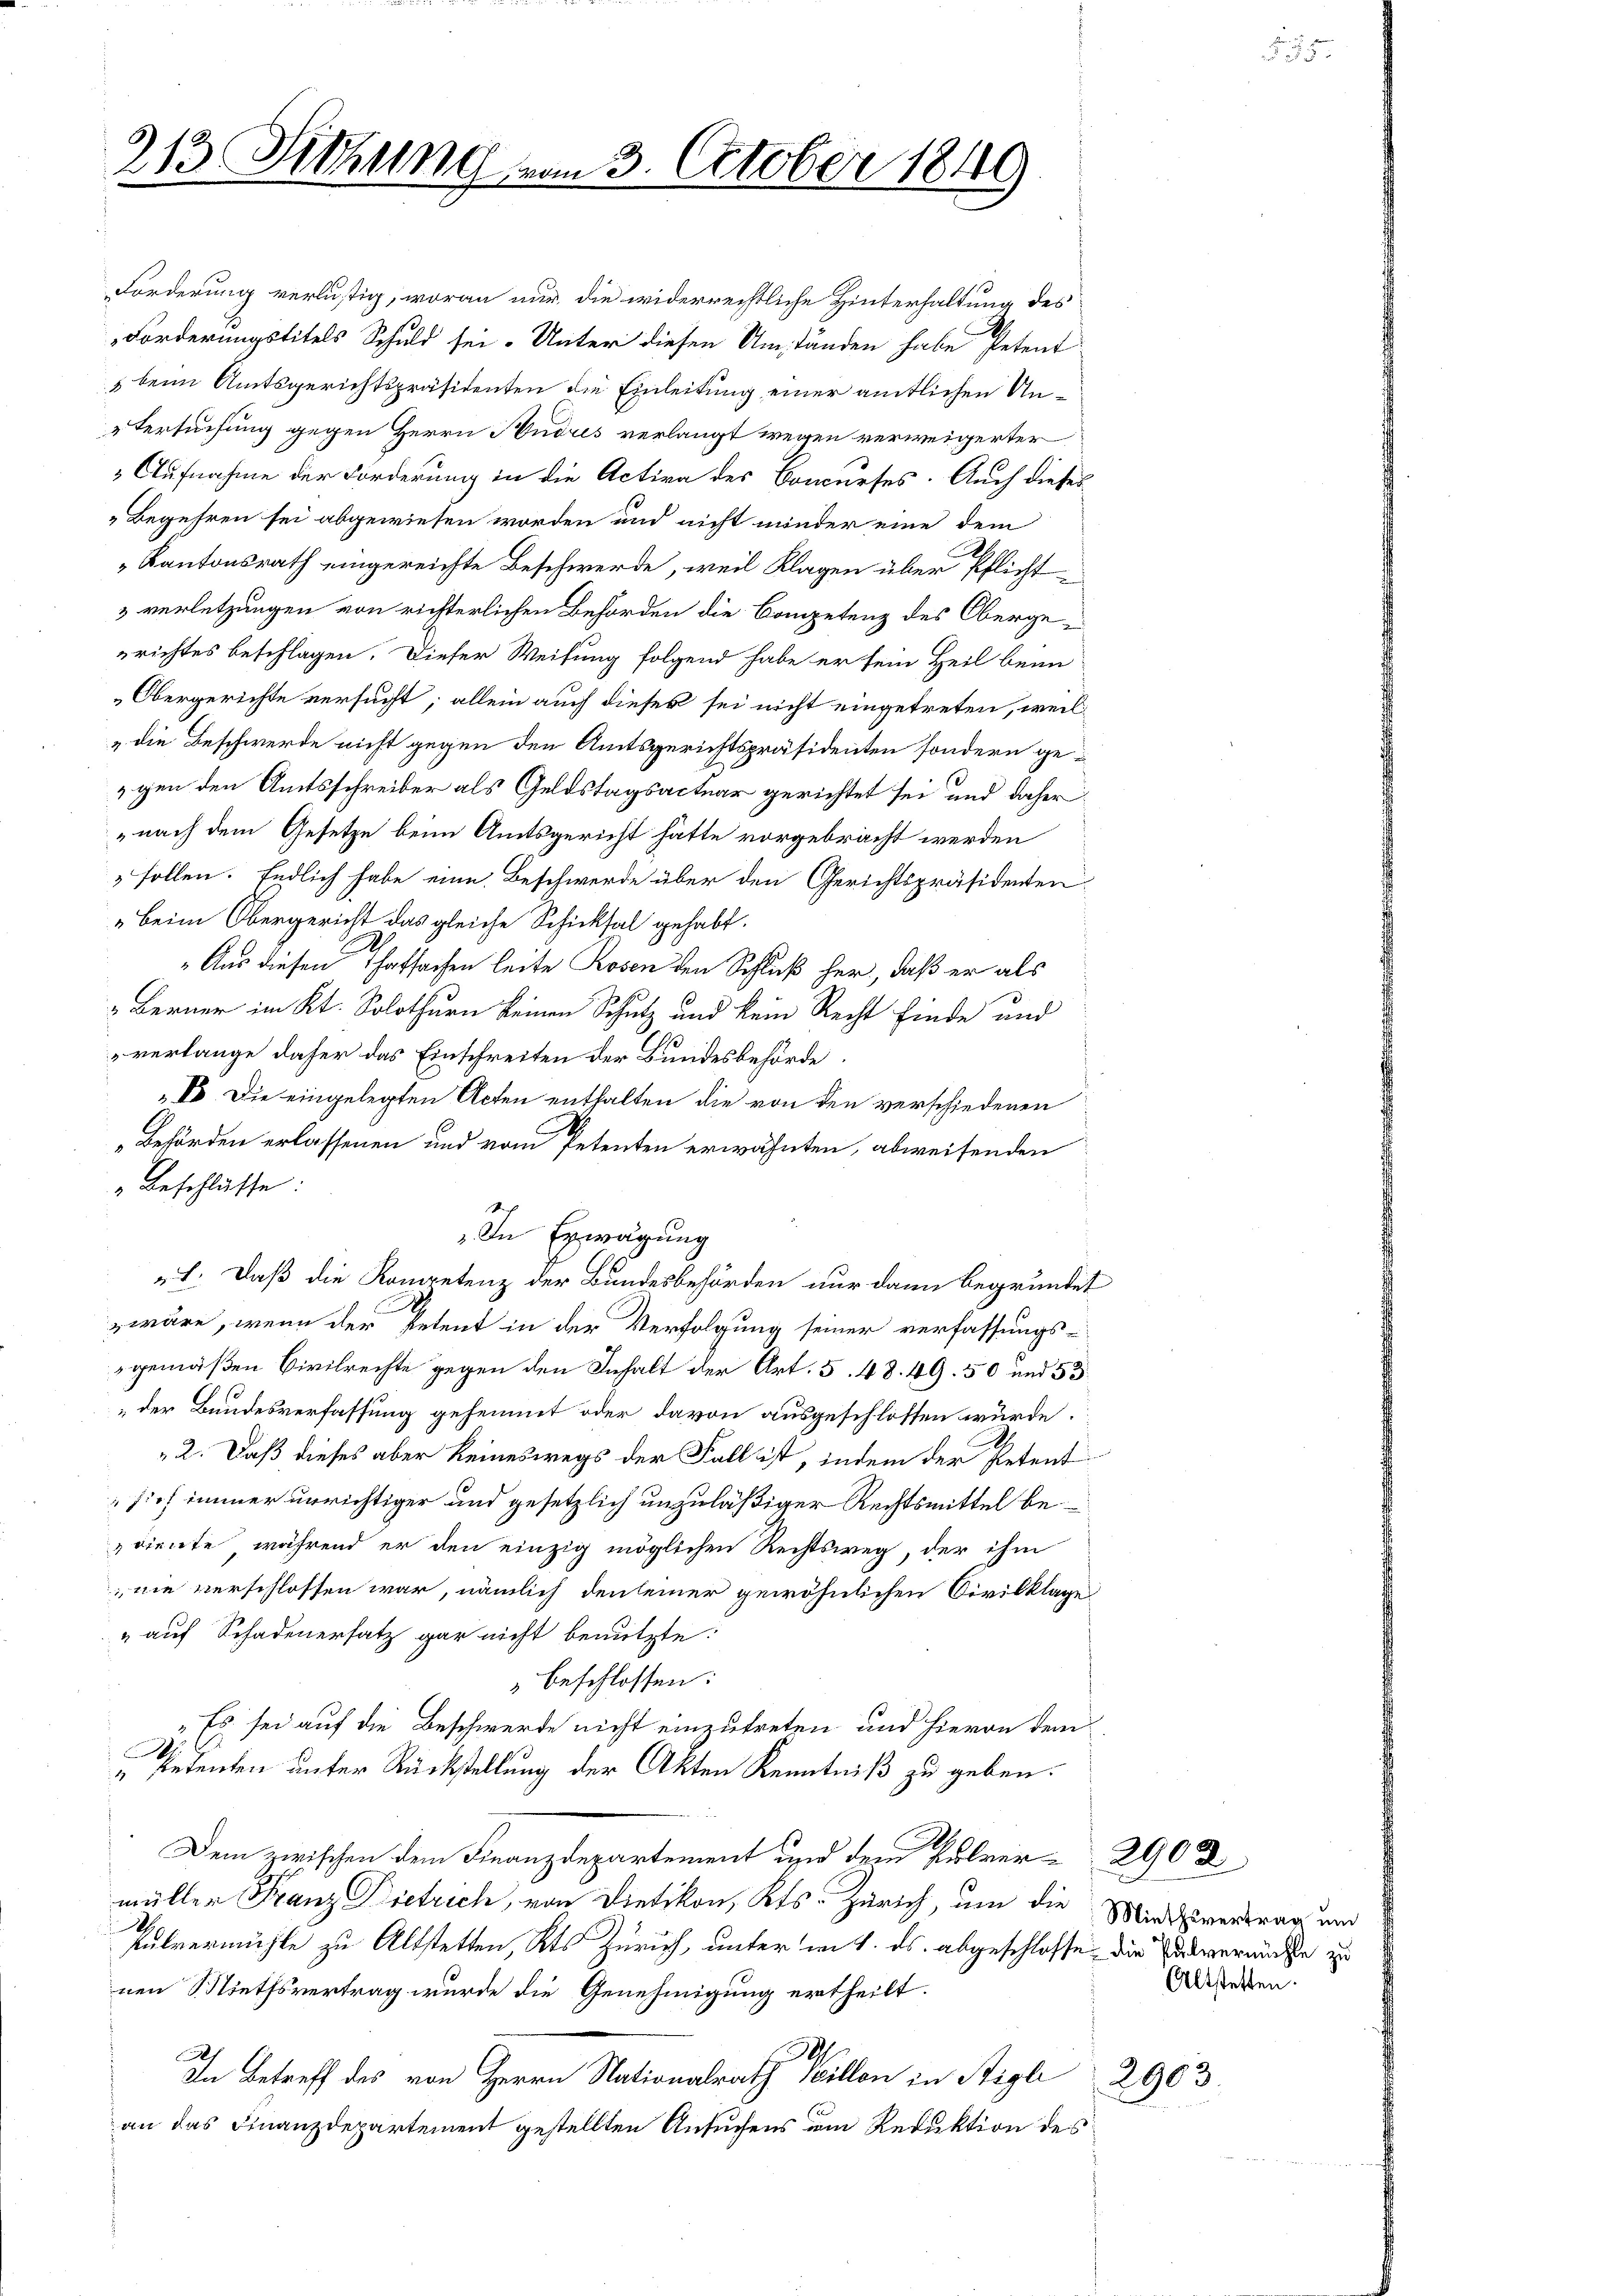
213. Sitzung vom 3. October 1849

Beschlüsse:
„In Erwägung
„1. Daß die Kompetenz der Bundesbehörden nur dann begründet
wäre, wenn der Petent in der Verfolgung seiner verfassungs-
gemäßen Civilrechte gegen den Inhalt der Art. 5. 48. 49. 50 und 53
„der Bundesverfassung gehemmt oder davon ausgeschlossen würde.
2. Daß dieses aber keineswegs der Fall ist, indem der Petent
sich immer unrichtiger und gesetzlich unzuläßiger Rechtsmittel bediente, während er den einzig möglichen Rechtsweg, der ihm
nie verschlossen war, nämlich denseiner gewöhnlichen Civilklage
" auf Schadenersatz gar nicht benutzte
beschlossen:
"Es sei auf die Beschwerde nicht einzutreten und hievon dem
6
4
" Petenten unter Rückstellung der Akten Kenntniß zu geben.
Dem zwischen dem Finanzdepartement und dem Pulvermüller Franz Dietrich, von Dietikon, Kts. Zürich, um die Mindsvertrag und
2
Pulvermühle zu Altstetten, Kts Zürich, unter im 1. ds. abgeschlosse, die Pulvermächte zu
nen Miethsvertrag wurde die Genehmigung ertheilt.
.
In Betreff des von Herrn Nationalrath Willon in Sigl 2963.
an das Finanzdepartement gestellten Ansuchens um Reduktion des

Forderung verlustig, woran nur die widerrechtliche Hinterhaltung des
Forderungstitels Schuld sei. Unter diesen Umständen habe Petent
 beim Amtsgerichtspräsidenten die Einleitung einer amtlichen Untersuchung gegen Herrn Audis verlangt wegen verweigerter
Aufnahme der Forderung in die Active des Concurses. Auch dieses
Begehren sei abgewiesen worden und nicht minder eine dem
„Kantonsrath eingereichte Beschwerde, weil Klagen über Pflicht¬
& verletzungen von richterlichen Behörden die Competenz des Obergerichtes beschlagen. Dieser Weisung folgend habe er sein Heil beim
Obergerichte versucht; allein auch dieses sei nicht eingetreten, weil¬
„die Beschwerde nicht gegen den Amtsgerichtspräsidenten sondern gegen den Amtsschreiber als Geldstagsactuar gerichtet sei und daher
nach dem Gesetze beim Amtsgericht hätte vorgebracht werden
sollen. Endlich habe eine Beschwerde über den Gerichtspräsidenten¬
Beim Obergericht das gleiche Schicksal gehabt.
.
„Aus diesen Thatsachen leite Rosen den Schluß her, daß er als
 Berner im Kt. Solothurn keinen Schutz und kein Recht finde und
verlange daher das Einschreiten der Bundesbehörde
IV. Die eingelegten Acten enthalten die von den verschiedenen
Behörden erlassenen und vom Petenten erwähnten, abweisenden

2902
Altstetten.